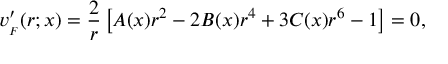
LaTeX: v _ { _ { F } } ^ { \prime } ( r ; x ) = { \frac { 2 } { r } } \left[ A ( x ) r ^ { 2 } - 2 B ( x ) r ^ { 4 } + 3 C ( x ) r ^ { 6 } - 1 \right] = 0 ,